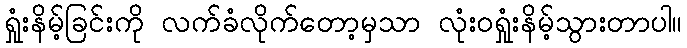
ရှုံးနိမ့်ခြင်းကို လက်ခံလိုက်တော့မှသာ လုံးဝရှုံးနိမ့်သွားတာပါ။